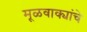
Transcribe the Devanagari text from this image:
मूळवाक्यांचे